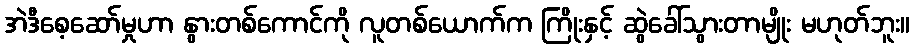
အဲဒီစေ့ဆော်မှုဟာ နွားတစ်ကောင်ကို လူတစ်ယောက်က ကြိုးနှင့် ဆွဲခေါ်သွားတာမျိုး မဟုတ်ဘူး။